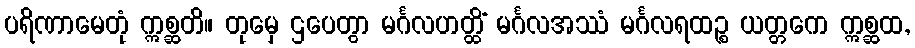
ပရိဏာမေတုံ ဣစ္ဆတိ။ တုမှေ ဌပေတွာ မင်္ဂလဟတ္ထိံ မင်္ဂလအဿံ မင်္ဂလရထဉ္စ ယတ္တကေ ဣစ္ဆထ,